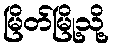
မြိတ်မြို့သို့